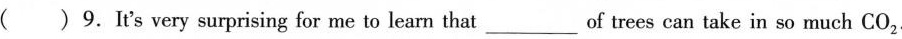
( ) 9. It's very surprising for me to learn that___of trees can take in so much CO 2